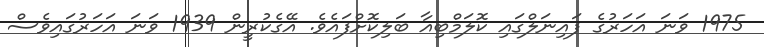
1975 ވަނަ އަހަރުގެ ފައިނަލްގައި ކޮލަމްބިއާ ބަލިކޮށްފައެވެ. އޭގެކުރީން 1939 ވަނަ އަހަރުގައިވެސް